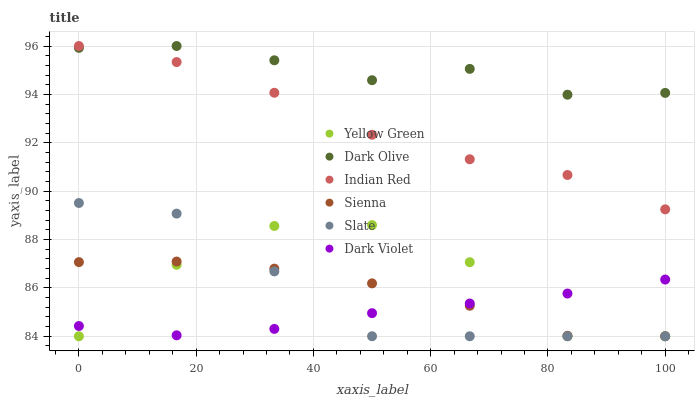
| xaxis_label | Yellow Green | Dark Olive | Indian Red | Sienna | Slate | Dark Violet |
 | --- | --- | --- | --- | --- | --- | --- |
 | 0 | 84 | 95.9 | 96 | 87.1 | 89.5 | 84.4 |
 | 16.7 | 87 | 96 | 95.3 | 87.1 | 89.1 | 84 |
 | 33.3 | 88.6 | 95.4 | 94.1 | 86.8 | 86.7 | 84.3 |
 | 50 | 88.6 | 94.6 | 92.3 | 86.2 | 84 | 85 |
 | 66.7 | 87.1 | 95.1 | 91.3 | 85.3 | 84 | 85.4 |
 | 83.3 | 84 | 94 | 90.7 | 84 | 84 | 85.8 |
 | 100 | 84 | 94.1 | 89.2 | 84 | 84 | 86.3 |